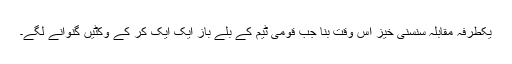
یکطرفہ مقابلہ سنسنی خیز اس وقت بنا جب قومی ٹیم کے بلے باز ایک ایک کر کے وکٹیں گنوانے لگے۔